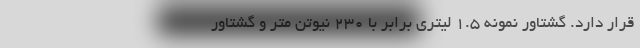
قرار دارد. گشتاور نمونه 1.5 لیتری برابر با 230 نیوتن متر و گشتاور